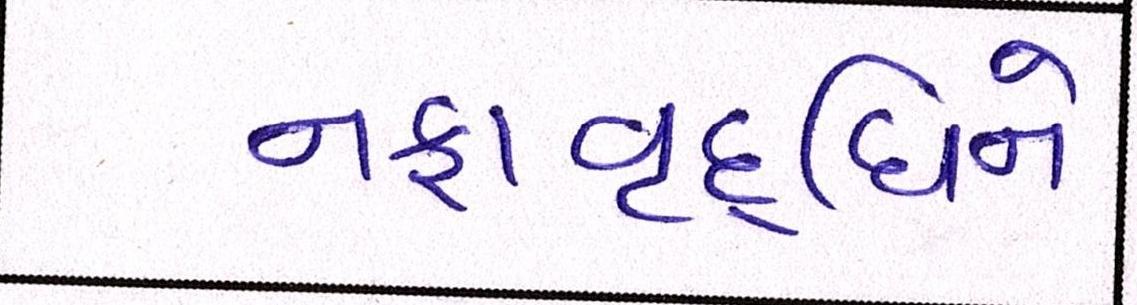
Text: નફાવૃદ્ધિને